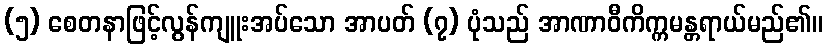
(၅) စေတနာဖြင့်လွန်ကျူးအပ်သော အာပတ် (၇) ပုံသည် အာဏာဝီကိက္ကမန္တရာယ်မည်၏။